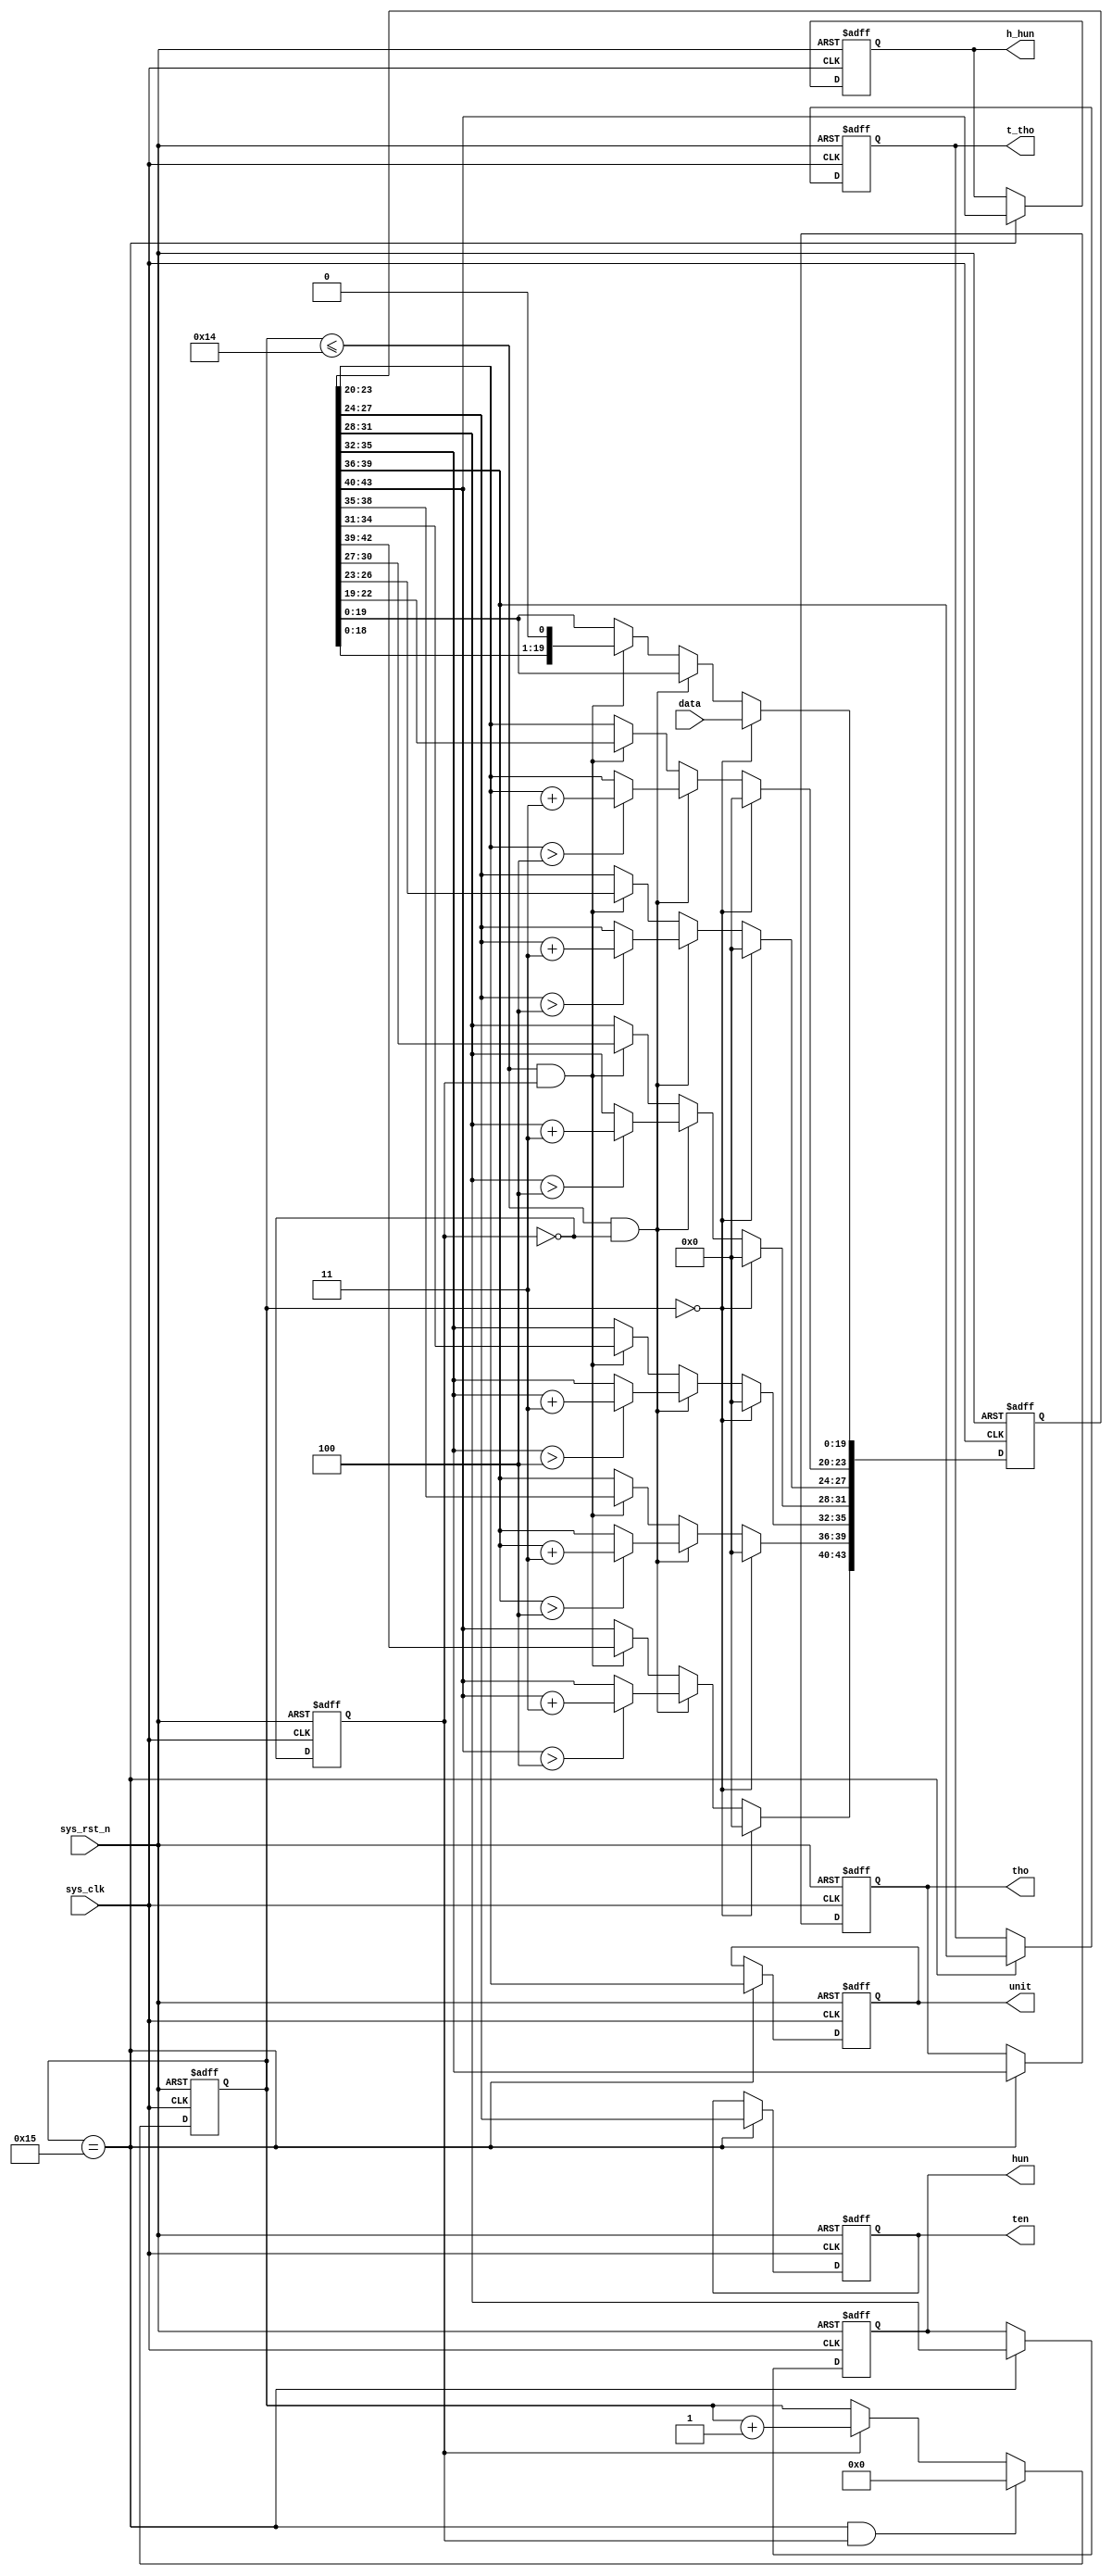
`timescale  1ns/1ns
////////////////////////////////////////////////////////////////////////
// Module Name   : bcd_8421
// Project Name  : top_seg_595
// Target Devices: Altera EP4CE10F17C8N
// Tool Versions : Quartus 13.0
// Description   : BCD
//
// Revision      : V1.0
// Additional Comments:
// 
// : _FPGA
//     : http://www.embedfire.com
//     : http://www.firebbs.cn
//     : https://fire-stm32.taobao.com
////////////////////////////////////////////////////////////////////////

module  bcd_8421
(
    input   wire            sys_clk     ,   //50MHz
    input   wire            sys_rst_n   ,   //
    input   wire    [19:0]  data        ,   //

    output  reg     [3:0]   unit        ,   //BCD
    output  reg     [3:0]   ten         ,   //BCD
    output  reg     [3:0]   hun         ,   //BCD
    output  reg     [3:0]   tho         ,   //BCD
    output  reg     [3:0]   t_tho       ,   //BCD
    output  reg     [3:0]   h_hun           //BCD
);

//********************************************************************//
//******************** Parameter And Internal Signal *****************//
//********************************************************************//

//reg   define
reg     [4:0]   cnt_shift   ;   //
reg     [43:0]  data_shift  ;   //
reg             shift_flag  ;   //

//********************************************************************//
//***************************** Main Code ****************************//
//********************************************************************//

//cnt_shift:021
always@(posedge sys_clk or negedge sys_rst_n)
    if(sys_rst_n == 1'b0)
        cnt_shift   <=  5'd0;
    else    if((cnt_shift == 5'd21) && (shift_flag == 1'b1))
        cnt_shift   <=  5'd0;
    else    if(shift_flag == 1'b1)
        cnt_shift   <=  cnt_shift + 1'b1;
    else
        cnt_shift   <=  cnt_shift;
       
//data_shift01~20
always@(posedge sys_clk or negedge sys_rst_n)
    if(sys_rst_n == 1'b0)
        data_shift  <=  44'b0;
    else    if(cnt_shift == 5'd0)
        data_shift  <=  {24'b0,data};
    else    if((cnt_shift <= 20) && (shift_flag == 1'b0))
        begin
            data_shift[23:20]   <=  (data_shift[23:20] > 4) ? (data_shift[23:20] + 2'd3) : (data_shift[23:20]);
            data_shift[27:24]   <=  (data_shift[27:24] > 4) ? (data_shift[27:24] + 2'd3) : (data_shift[27:24]);
            data_shift[31:28]   <=  (data_shift[31:28] > 4) ? (data_shift[31:28] + 2'd3) : (data_shift[31:28]);
            data_shift[35:32]   <=  (data_shift[35:32] > 4) ? (data_shift[35:32] + 2'd3) : (data_shift[35:32]);
            data_shift[39:36]   <=  (data_shift[39:36] > 4) ? (data_shift[39:36] + 2'd3) : (data_shift[39:36]);
            data_shift[43:40]   <=  (data_shift[43:40] > 4) ? (data_shift[43:40] + 2'd3) : (data_shift[43:40]);
        end
    else    if((cnt_shift <= 20) && (shift_flag == 1'b1))
        data_shift  <=  data_shift << 1;
    else
        data_shift  <=  data_shift;

//shift_flag
always@(posedge sys_clk or negedge sys_rst_n)
    if(sys_rst_n == 1'b0)
        shift_flag  <=  1'b0;
    else
        shift_flag  <=  ~shift_flag;

//20BCD
always@(posedge sys_clk or negedge sys_rst_n)
    if(sys_rst_n == 1'b0)
        begin
            unit    <=  4'b0;
            ten     <=  4'b0;
            hun     <=  4'b0;
            tho     <=  4'b0;
            t_tho   <=  4'b0;
            h_hun   <=  4'b0;
        end
    else    if(cnt_shift == 5'd21)
        begin
            unit    <=  data_shift[23:20];
            ten     <=  data_shift[27:24];
            hun     <=  data_shift[31:28];
            tho     <=  data_shift[35:32];
            t_tho   <=  data_shift[39:36];
            h_hun   <=  data_shift[43:40];
        end

endmodule